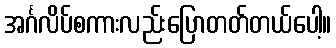
အင်္ဂလိပ်စကားလည်းပြောတတ်တယ်ပေါ့။